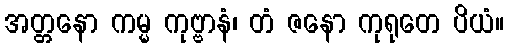
အတ္တနော ကမ္မ ကုဗ္ဗာနံ၊ တံ ဇနော ကုရုတေ ပိယံ။